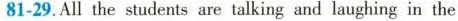
81-29.All the students are talking and laughing in the